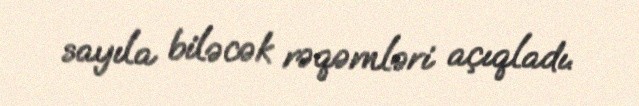
sayıla biləcək rəqəmləri açıqladı.